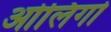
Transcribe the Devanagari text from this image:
ओलिगो